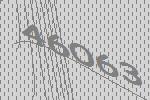
46063